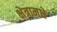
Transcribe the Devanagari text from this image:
क्षेत्रामधे